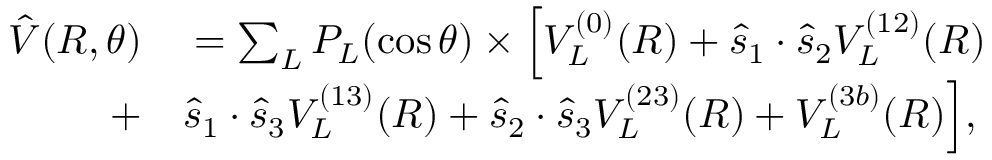
\begin{array} { r l } { \hat { V } ( R , \theta ) } & { { } = \sum _ { L } P _ { L } ( \cos \theta ) \times \Big [ V _ { L } ^ { ( 0 ) } ( R ) + \hat { s } _ { 1 } \cdot \hat { s } _ { 2 } V _ { L } ^ { ( 1 2 ) } ( R ) } \\ { + } & { { } \hat { s } _ { 1 } \cdot \hat { s } _ { 3 } V _ { L } ^ { ( 1 3 ) } ( R ) + \hat { s } _ { 2 } \cdot \hat { s } _ { 3 } V _ { L } ^ { ( 2 3 ) } ( R ) + V _ { L } ^ { ( 3 b ) } ( R ) \Big ] , } \end{array}